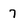
Character: 7